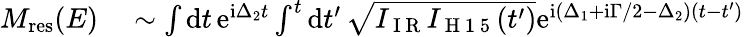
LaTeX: \begin{array}{rl}{M_{\mathrm{{res}}}(E)}&{{}\sim\int\mathrm dt\, \mathrm e^{\mathrm i\Delta_{2}t}\int^{t}\mathrm dt^{\prime}\, \sqrt{I_{\mathrm{~I~R~}}I_{\mathrm{~H~1~5~}}(t^{\prime})}\mathrm e^{\mathrm i(\Delta_{1}+\mathrm i\Gamma/2-\Delta_{2})(t-t^{\prime})}}\end{array}